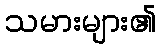
သမားများ၏